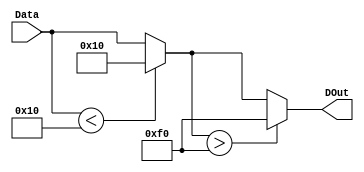
//////////////////////////////////////////////////////////////////////////////////
// Company: 
// Engineer: 
// 
// Design Name: 
// Module Name:    LowClip 
// Project Name: 
// Target Devices: 
// Tool versions: 
// Description: 
//
// Dependencies: 
//
// Revision: 
// Revision 0.01 - File Created
// Additional Comments: 
//
//////////////////////////////////////////////////////////////////////////////////
module LowClip(Data, DOut);
    input [7:0] Data;
    output [7:0] DOut;
	 
	 wire [7:0] DOut;
	 wire [7:0] temp;
	 wire [7:0] temp2;
	 
	 assign temp = (Data < 8'h10) ? 8'h10 : Data;
	 assign temp2 = (temp > 8'hF0) ? 8'hF0 : temp;
	 
	 assign DOut = temp2;

endmodule